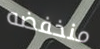
منخفضه